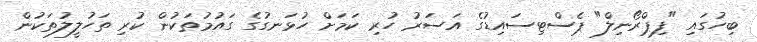
ބިހުގައި "ފިޕްރޯނިލް" ޕެސްޓިސައިޑުގެ އަސަރު ހުރި ކަމަށް ހުޅަނގުގެ ގައުމުތަކުން ކުރި ތަހުލީލުތަކުން